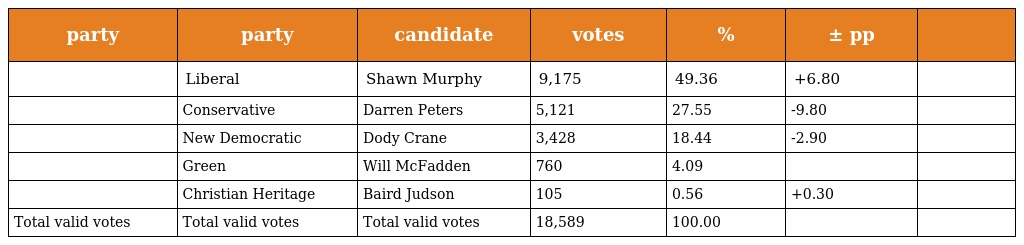
| party | party | candidate | votes | % | ± pp |  |
 | --- | --- | --- | --- | --- | --- | --- |
 |  | Liberal | Shawn Murphy | 9,175 | 49.36 | +6.80 |  |
 |  | Conservative | Darren Peters | 5,121 | 27.55 | -9.80 |  |
 |  | New Democratic | Dody Crane | 3,428 | 18.44 | -2.90 |  |
 |  | Green | Will McFadden | 760 | 4.09 |  |  |
 |  | Christian Heritage | Baird Judson | 105 | 0.56 | +0.30 |  |
 | Total valid votes | Total valid votes | Total valid votes | 18,589 | 100.00 |  |  |